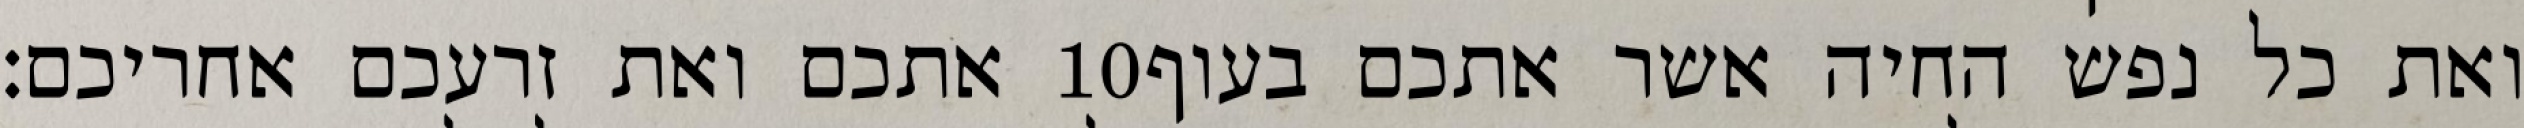
אתכם ואת זרעכם אחריכם׃ ‎10‏ ואת כל נפש החיה אשר אתכם בעוף